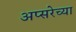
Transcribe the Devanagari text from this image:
अप्सरेच्या